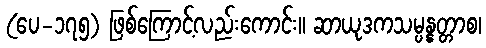
(ပေ-၁၇၅) ဖြစ်ကြောင့်လည်းကောင်း။ ဆာယုဒကသမ္ပန္နတ္တာစ၊